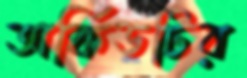
অর্কিডটির